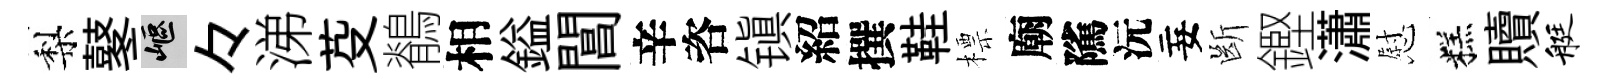
梨鼕嶇々涕芟鶺相鎰閶辛咨镇紹撰鞋標廟隲沅妄㫁鏗瀟慰糕贖艇